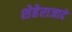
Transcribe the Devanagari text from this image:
शेहेराजादे